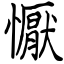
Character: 懨